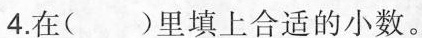
4.在()里填上合适的小数。